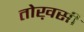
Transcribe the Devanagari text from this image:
तोख़सी